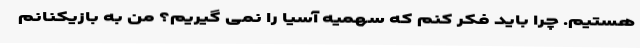
هستیم. چرا باید فکر کنم که سهمیه آسیا را نمی گیریم؟ من به بازیکنانم